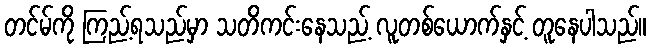
တင်မ်ကို ကြည့်ရသည်မှာ သတိကင်းနေသည့် လူတစ်ယောက်နှင့် တူနေပါသည်။